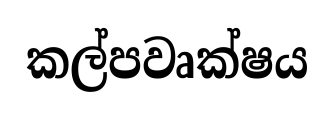
කල්පවෘක්ෂය